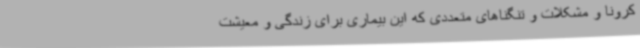
کرونا و مشکلات و تنگناهای متعددی که این بیماری برای زندگی و معیشت